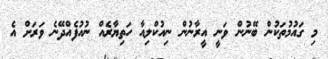
މި ގައުމުތަކުން ބޭނުން ވަނީ އީރާނުން ނިއުކްލިއާ ހަތިޔާރެއް ނުއުފެއްދޭނެ ވަަރަށް އެ